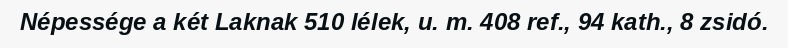
Népessége a két Laknak 510 lélek, u. m. 408 ref., 94 kath., 8 zsidó.